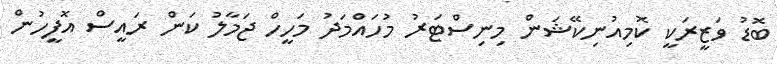
ބޮޑު ވަޒީރަކީ ކޮމިއުނިކޭޝަން މިނިސްޓަރު މުހައްމަދު މަހީހް ޖަމާލު ކަން ރައީސް އޮފީހުން